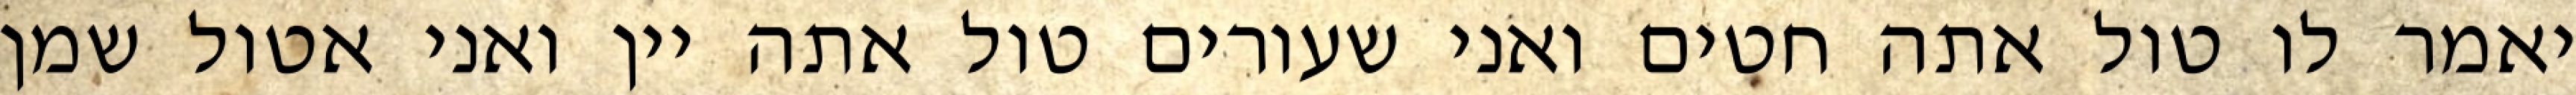
יאמר לו טול אתה חטים ואני שעורים טול אתה יין ואני אטול שמן